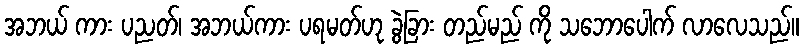
အဘယ် ကား ပညတ်၊ အဘယ်ကား ပရမတ်ဟု ခွဲခြား တည်မည် ကို သဘောပေါက် လာလေသည်။